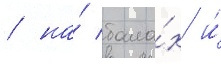
/ на́ бала́х и́